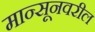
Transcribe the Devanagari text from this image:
मान्सूनवरील